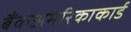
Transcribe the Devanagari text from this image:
बैंकअमेरिकाकार्ड